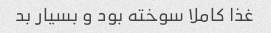
غذا کاملا سوخته بود و بسیار بد